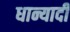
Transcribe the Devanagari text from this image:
धान्यादी